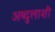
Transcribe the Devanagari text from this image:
अब्दुलाशी